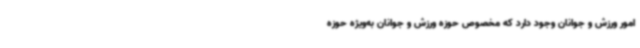
امور ورزش و جوانان وجود دارد که مخصوص حوزه ورزش و جوانان به‌ویژه حوزه